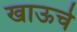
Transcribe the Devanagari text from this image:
खाऊचे